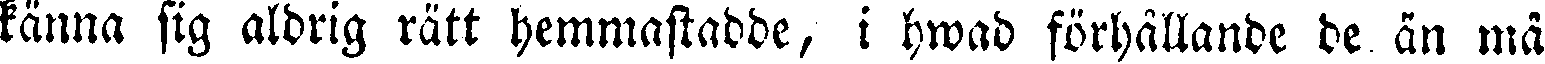
känna sig aldrig rätt hemmastadde, i hwad förhållande de än må